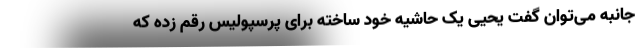
جانبه می‌توان گفت یحیی یک حاشیه خود ساخته برای پرسپولیس رقم زده که